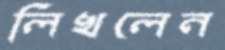
লিখলেন